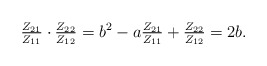
\begin{align*} \tfrac{Z_{21}}{Z_{11}}\cdot \tfrac{Z_{22}}{Z_{12}}=b^2-a \tfrac{Z_{21}}{Z_{11}}+ \tfrac{Z_{22}}{Z_{12}}=2b.\end{align*}